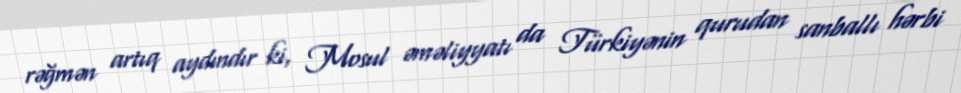
rəğmən artıq aydındır ki, Mosul əməliyyatı da Türkiyənin qurudan sanballı hərbi